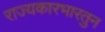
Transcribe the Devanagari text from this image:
राज्यकारभारतुन